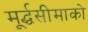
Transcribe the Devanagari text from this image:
मूर्द्धसीमाको